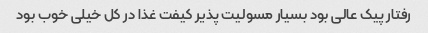
رفتار پیک عالی بود بسیار مسولیت پذیر کیفت غذا در کل خیلی خوب بود